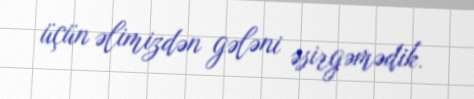
üçün əlimizdən gələni əsirgəmədik.